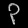
Digit: ၃